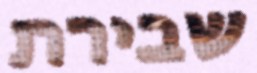
שבירת